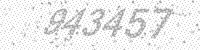
Solution: 943457